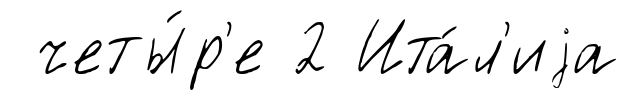
четы́р'е 2 Ита́л'иjа